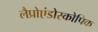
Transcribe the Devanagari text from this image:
लैप्रोएंडोस्कोपिक